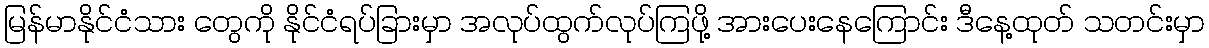
မြန်မာနိုင်ငံသား တွေကို နိုင်ငံရပ်ခြားမှာ အလုပ်ထွက်လုပ်ကြဖို့ အားပေးနေကြောင်း ဒီနေ့ထုတ် သတင်းမှာ